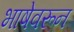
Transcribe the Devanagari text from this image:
भाषेवरून